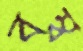
বম্ব